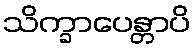
သိက္ခာပေန္တာပိ